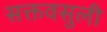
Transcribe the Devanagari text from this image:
सक्तवसुली